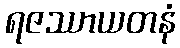
ရဇဿာယတနံ